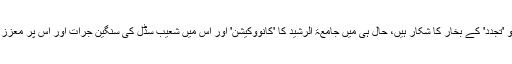
نیز مفتی زاہد کے علاوہ بھی افراد و ادارے ہیں جو 'تجدد' کے بخار کا شکار ہیں، حال ہی میں جامعۃ الرشید کا 'کانووکیشن' اور اس میں شعیب سڈل کی سنگین جرات اور اس پر معزز علماء کرام کی مجرمانہ خاموشی پر بھی لکھیے!